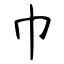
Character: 巾